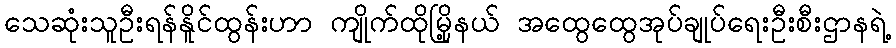
သေဆုံးသူဦးရန်နိူင်ထွန်းဟာ ကျိုက်ထိုမြို့နယ် အထွေထွေအုပ်ချုပ်ရေးဦးစီးဌာနရဲ့